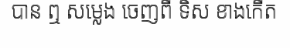
បាន ឮ សម្លេង ចេញពី ទិស ខាងកើត